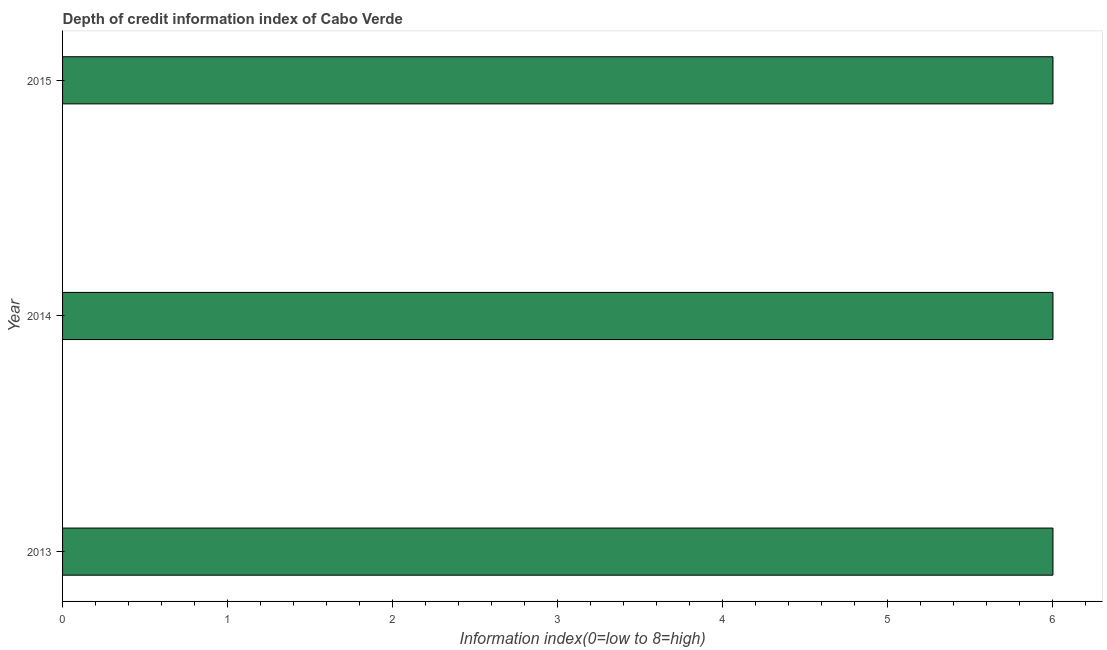
| Year | Depth of credit information index |
 | --- | --- |
 | 2013 | 6 |
 | 2014 | 6 |
 | 2015 | 6 |